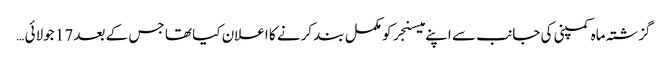
گزشتہ ماہ کمپنی کی جانب سے اپنے میسنجر کو مکمل بند کرنے کا اعلان کیا تھا جس کے بعد 17 جولائی …